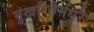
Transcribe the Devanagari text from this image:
मुखरितैर्मधुरैः